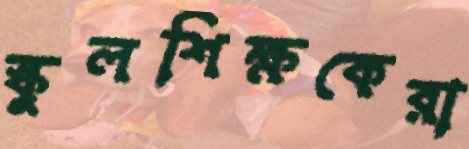
স্কুলশিক্ষকেরা